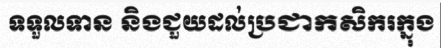
ទទួលទាន និងជួយដល់ប្រជាកសិករក្នុង